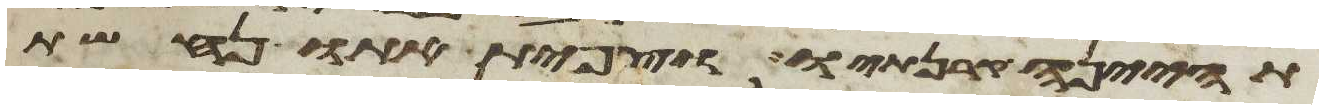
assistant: תהינה קרנתיו וצפית אתו נחשת